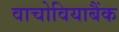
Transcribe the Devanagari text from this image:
वाचोवियाबैंक